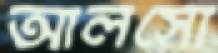
আলসো